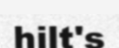
hilt's